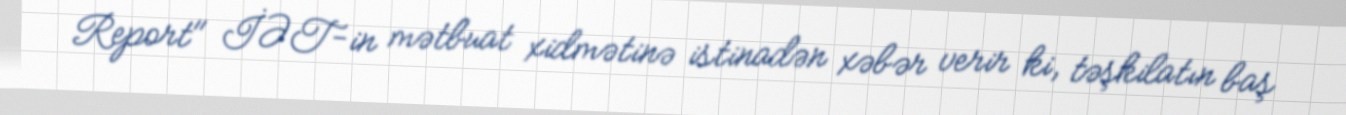
Report" İƏT-in mətbuat xidmətinə istinadən xəbər verir ki, təşkilatın baş